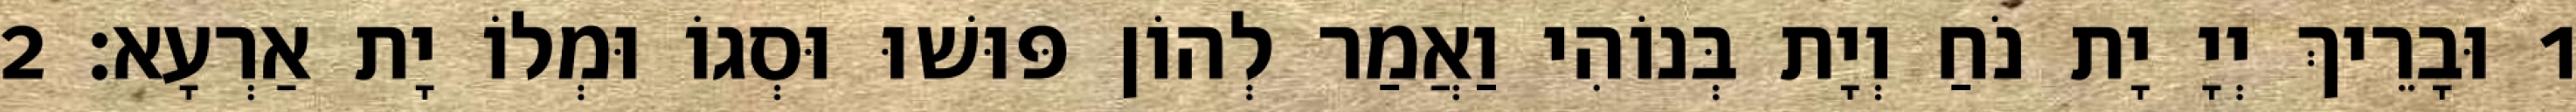
1 וּבָרֵיךְ יְיָ יָת נֹחַ וְיָת בְּנוֹהִי וַאֲמַר לְהוֹן פּוּשׁוּ וּסְגוֹ וּמְלוֹ יָת אַרְעָא׃ 2